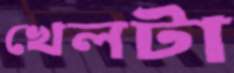
খেলটা